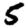
Digit: 5